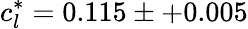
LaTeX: c_{l}^{*}=0.115\pm+0.005